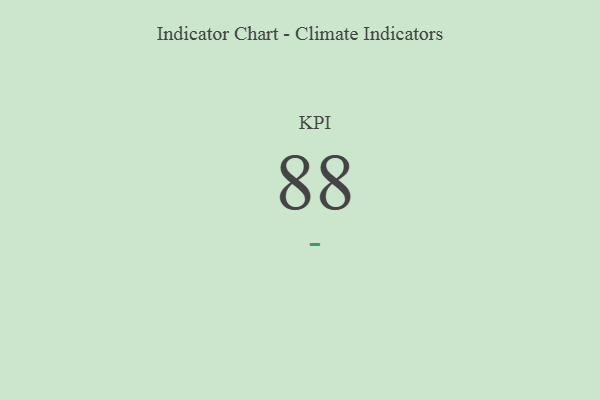
{"axis": {"x": "KPI", "y": "Value"}, "legend": [""], "data": [{"x": "KPI", "y": 88, "type": ""}]}